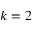
k = 2